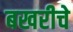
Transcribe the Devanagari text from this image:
बखरीचे